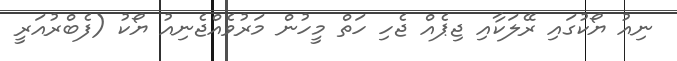
ނިއު ޔޯކުގައި ރޭލަކާއި ޖިޕެއް ޖެހި ހަތް މީހުން މަރުވެއްޖެނިއު ޔޯކު (ފެބްރުއަރީ